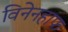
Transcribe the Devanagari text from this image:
विनेनहाफ